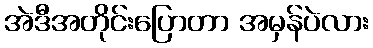
အဲဒီအတိုင်းပြောတာ အမှန်ပဲလား